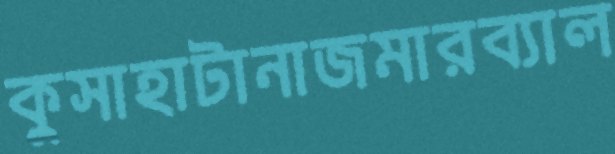
কুসাহাটানাজমারব্যাল